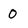
Character: 0